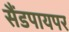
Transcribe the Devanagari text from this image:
सैंडपायपर